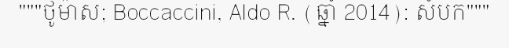
"""ថូម៉ាស; Boccaccini, Aldo R. (ឆ្នាំ 2014): សំបក"""